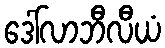
ဒေါ်လာဘီလီယံ